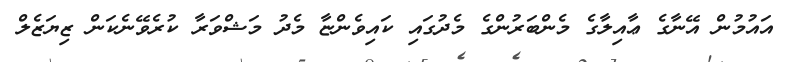
އައުމުން އޭނާގެ ޢާއިލާގެ މެންބަރުންގެ މެދުގައި ކައިވެންޏާ މެދު މަޝްވަރާ ކުރެވޭނެކަން ޒިޔަޒެލް